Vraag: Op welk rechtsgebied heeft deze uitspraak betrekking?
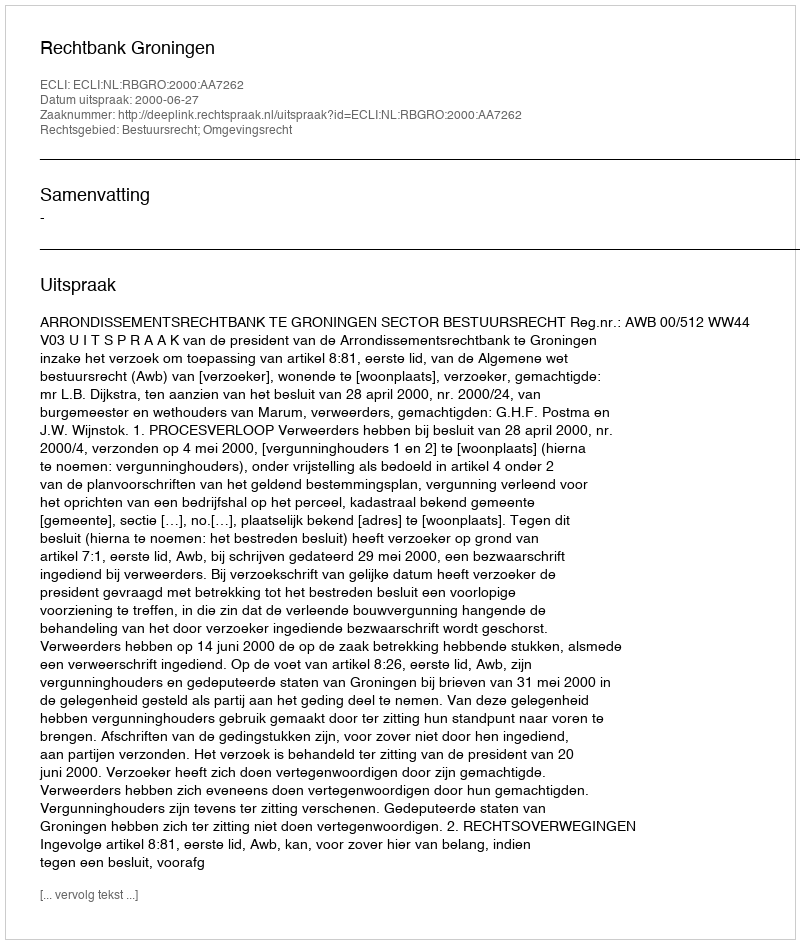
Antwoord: Bestuursrecht; Omgevingsrecht